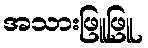
အသားဖြူဖြူ